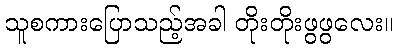
သူစကားပြောသည့်အခါ တိုးတိုးဖွဖွလေး။